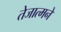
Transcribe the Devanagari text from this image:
तेजात्मने